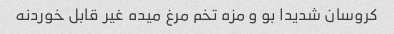
کروسان شدیدا بو و مزه تخم مرغ میده غیر قابل خوردنه